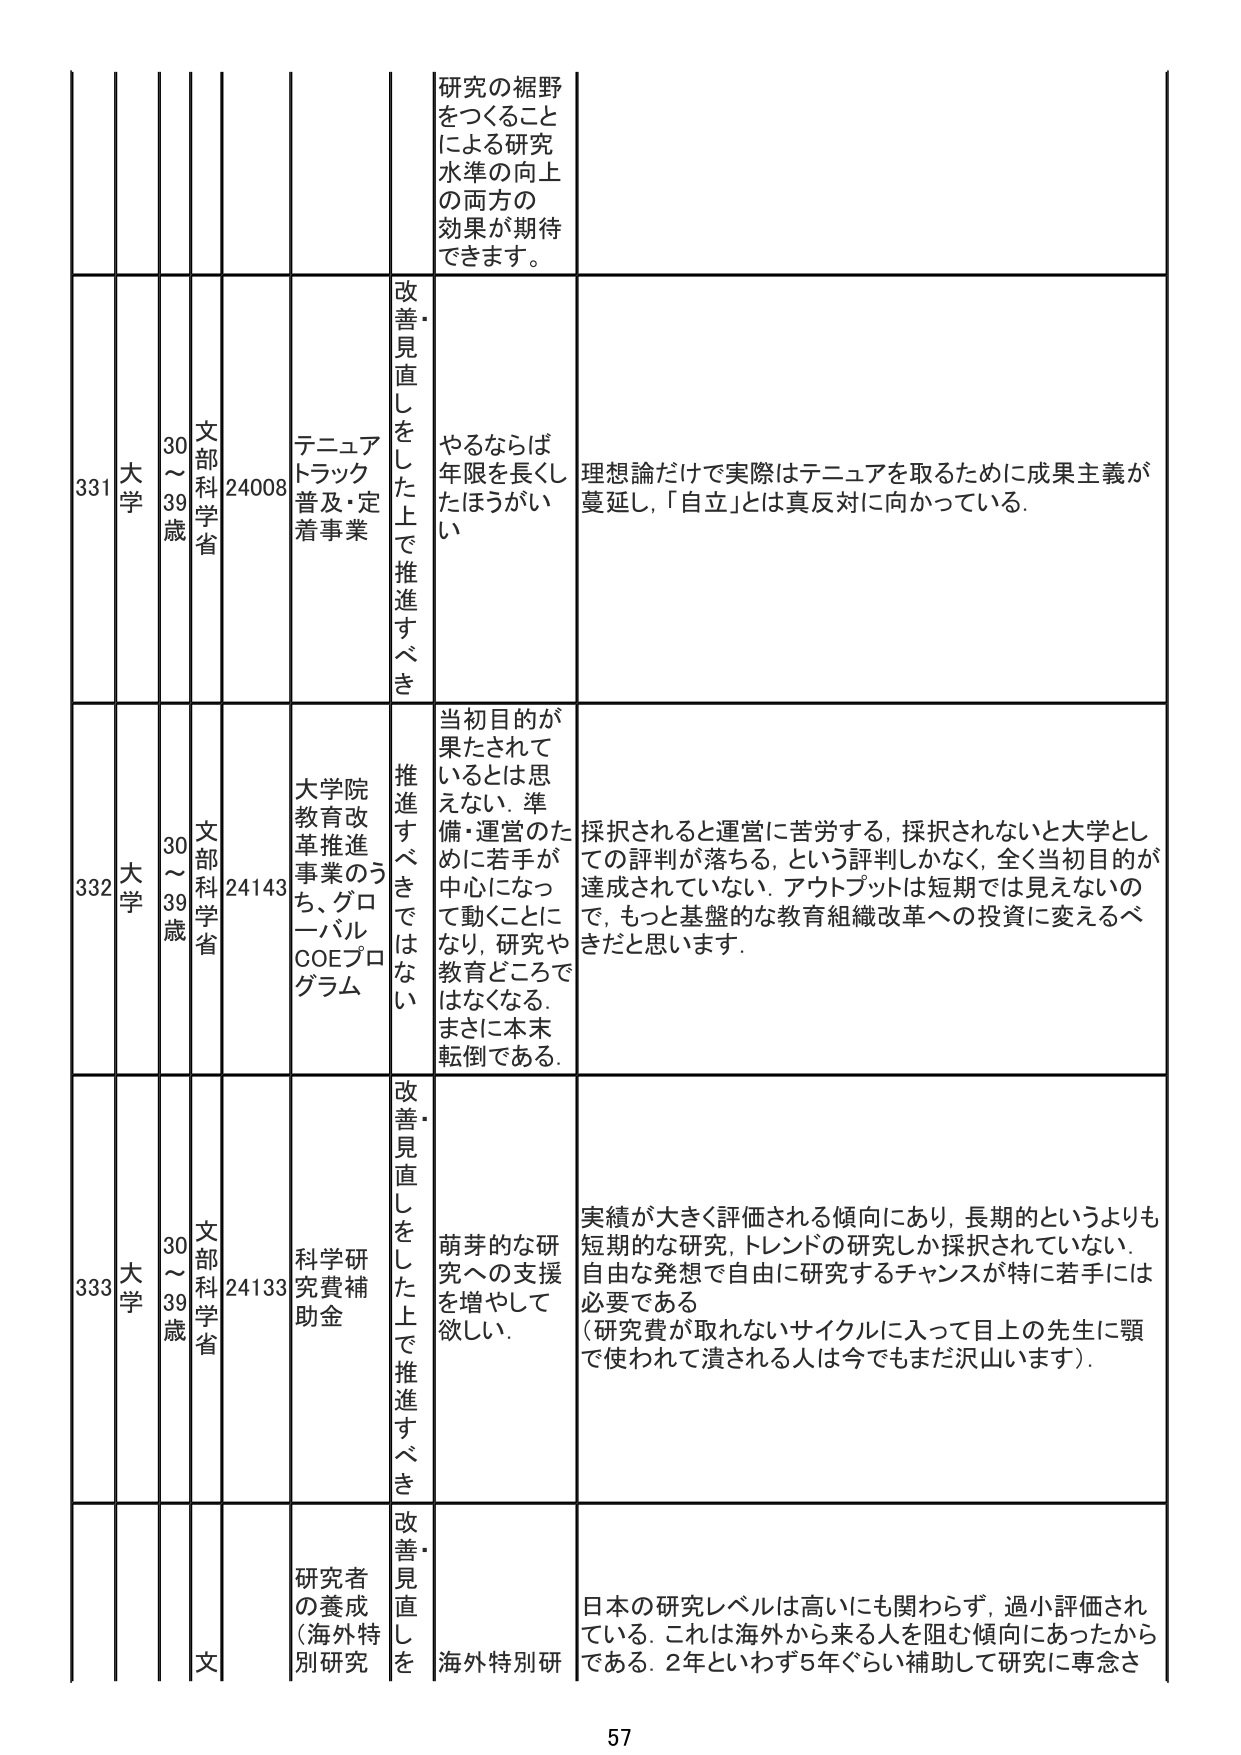
研究の裾野
をつくること
による研究
水準の向上
の両方の
効果が期待
できます。

331
大学
30～39歳
文部科学省
24008
テニュアトラック普及・定着事業
改善・見直しをした上で推進すべき
やるならば年限を長くしたほうがいい
理想論だけで実際はテニュアを取るために成果主義が蔓延し、「自立」とは真反対に向かっている。

332
大学
30～39歳
文部科学省
24143
大学院教育改革推進事業のうち、グローバルCOEプログラム
推進すべきではない
当初目的が果たされているとは思えない。準備・運営のために若手が中心になって動くことになり、研究や教育どころではなくなる。まさに本末転倒である。
採択されると運営に苦労する。採択されないと大学としての評判が落ちる、という評判しかなく、全く当初目的が達成されていない。アウトプットは短期では見えないので、もっと基盤的な教育組織改革への投資に変えるべきだと思います。

333
大学
30～39歳
文部科学省
24133
科学研究費補助金
改善・見直しをした上で推進すべき
萌芽的な研究への支援を増やして欲しい。
実績が大きく評価される傾向にあり、長期的というよりも短期的な研究、トレンドの研究しか採択されていない。自由な発想で自由に研究するチャンスが特に若手には必要である
（研究費が取れないサイクルに入って目上の先生に顎で使われて潰される人は今でもまだ沢山います）。

研究者の養成（海外特別研究
改善・見直しを
海外特別研
日本の研究レベルは高いにも関わらず、過小評価されている。これは海外から来る人を阻む傾向にあったからである。2年といわず5年ぐらい補助して研究に専念さ

57